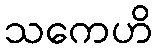
သကေဟိ